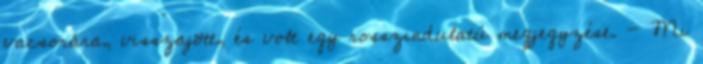
vacsorára, visszajött, és volt egy rosszindulatú megjegyzése. - Mi